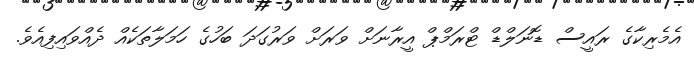
އެމެރިކާގެ ރައީސް ޑޮނަލްޑް ޓްރަމްޕް އީރާނަށް ވަރަށް ވަރުގަދަ ބަހުގެ ހަމަލާތަކެއް ދެއްވައިފިއެވެ.